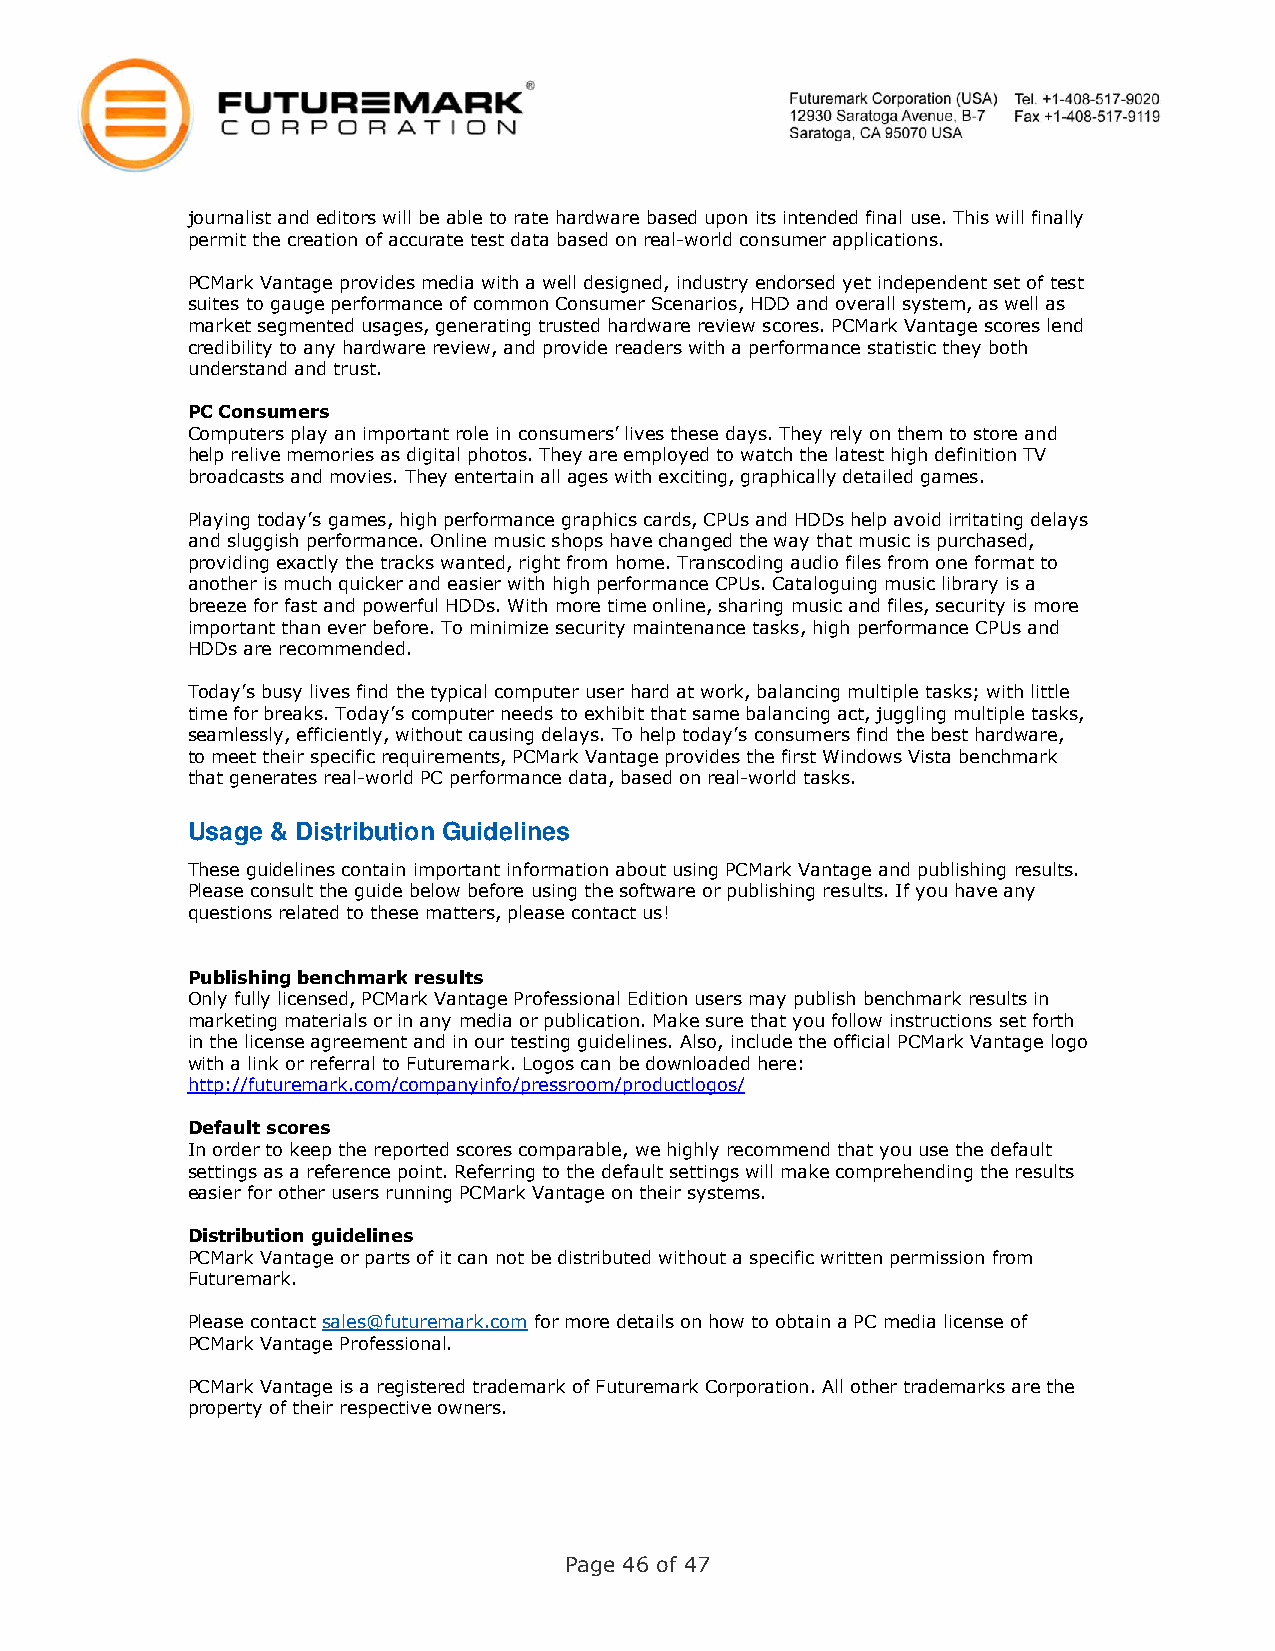
journalist and editors will be able to rate hardware based upon its intended final use. This will finally
 permit the creation of accurate test data based on real-world consumer applications.
 PCMark Vantage provides media with a well designed, industry endorsed yet independent set of test
 suites to gauge performance of common Consumer Scenarios, HDD and overall system, as well as
 market segmented usages, generating trusted hardware review scores. PCMark Vantage scores lend
 credibility to any hardware review, and provide readers with a performance statistic they both
 understand and trust.
 PC Consumers
 Computers play an important role in consumers’ lives these days. They rely on them to store and
 help relive memories as digital photos. They are employed to watch the latest high definition TV
 broadcasts and movies. They entertain all ages with exciting, graphically detailed games.
 Playing today’s games, high performance graphics cards, CPUs and HDDs help avoid irritating delays
 and sluggish performance. Online music shops have changed the way that music is purchased,
 providing exactly the tracks wanted, right from home. Transcoding audio files from one format to
 another is much quicker and easier with high performance CPUs. Cataloguing music library is a
 breeze for fast and powerful HDDs. With more time online, sharing music and files, security is more
 important than ever before. To minimize security maintenance tasks, high performance CPUs and
 HDDs are recommended.
 Today’s busy lives find the typical computer user hard at work, balancing multiple tasks; with little
 time for breaks. Today’s computer needs to exhibit that same balancing act, juggling multiple tasks,
 seamlessly, efficiently, without causing delays. To help today’s consumers find the best hardware,
 to meet their specific requirements, PCMark Vantage provides the first Windows Vista benchmark
 that generates real-world PC performance data, based on real-world tasks.
 Usage & Distribution Guidelines
 These guidelines contain important information about using PCMark Vantage and publishing results.
 Please consult the guide below before using the software or publishing results. If you have any
 questions related to these matters, please contact us!
 Publishing benchmark results
 Only fully licensed, PCMark Vantage Professional Edition users may publish benchmark results in
 marketing materials or in any media or publication. Make sure that you follow instructions set forth
 in the license agreement and in our testing guidelines. Also, include the official PCMark Vantage logo
 with a link or referral to Futuremark. Logos can be downloaded here:
 http://futuremark.com/companyinfo/pressroom/productlogos/
 Default scores
 In order to keep the reported scores comparable, we highly recommend that you use the default
 settings as a reference point. Referring to the default settings will make comprehending the results
 easier for other users running PCMark Vantage on their systems.
 Distribution guidelines
 PCMark Vantage or parts of it can not be distributed without a specific written permission from
 Futuremark.
 Please contact sales@futuremark.com for more details on how to obtain a PC media license of
 PCMark Vantage Professional.
 PCMark Vantage is a registered trademark of Futuremark Corporation. All other trademarks are the
 property of their respective owners.
 Page 46 of 47